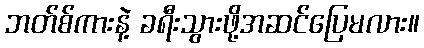
ဘတ်စ်ကားနဲ့ ခရီးသွားဖို့အဆင်ပြေမလား။